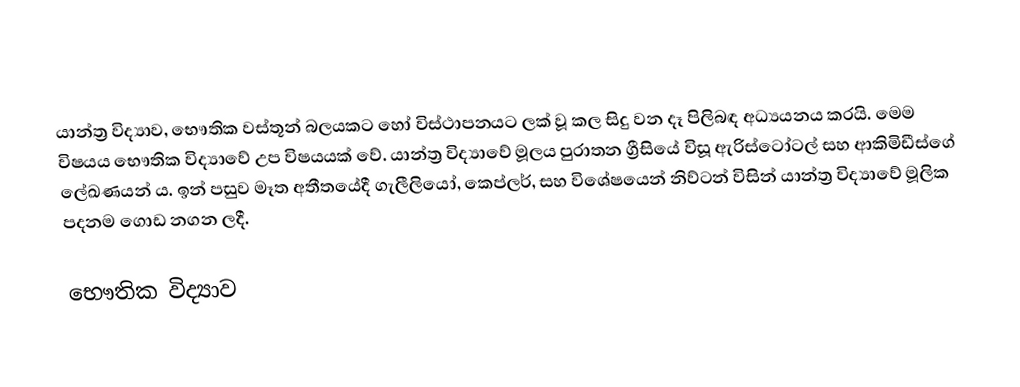
යාන්ත්‍ර විද්‍යාව, භෞතික වස්තූන් බලයකට හෝ විස්ථාපනයට ලක් වූ කල සිදු වන දෑ පිලිබඳ අධ්‍යයනය කරයි. මෙම විෂයය භෞතික විද්‍යාවේ උප විෂයයක් වේ. යාන්ත්‍ර විද්‍යාවේ මූලය පුරාතන ග්‍රීසියේ විසූ ඇරිස්ටෝටල් සහ ආකිමිඩීස්ගේ ලේඛණයන් ය. ඉන් පසුව මෑත අතීතයේදී ගැලීලියෝ, කෙප්ලර්, සහ විශේෂයෙන් නිව්ටන් විසින් යාන්ත්‍ර විද්‍යාවේ මූලික පදනම ගොඩ නගන ලදී.

භෞතික විද්‍යාව